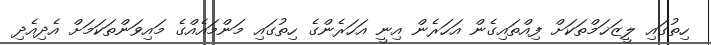
ހިތުގައި ލީޒަޚަމްތަކަށް ފިއްތައިގެން އަހަރެން އިނީ އަހަރެންގެ ހިތުގައި މަންމައެއްގެ މައިވަންތަކަމަށް އެދިއެދި